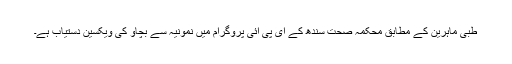
طبی ماہرین کے مطابق محکمہ صحت سندھ کے ای پی آئی پروگرام میں نمونیہ سے بچاؤ کی ویکسین دستیاب ہے۔